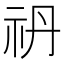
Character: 𥘘